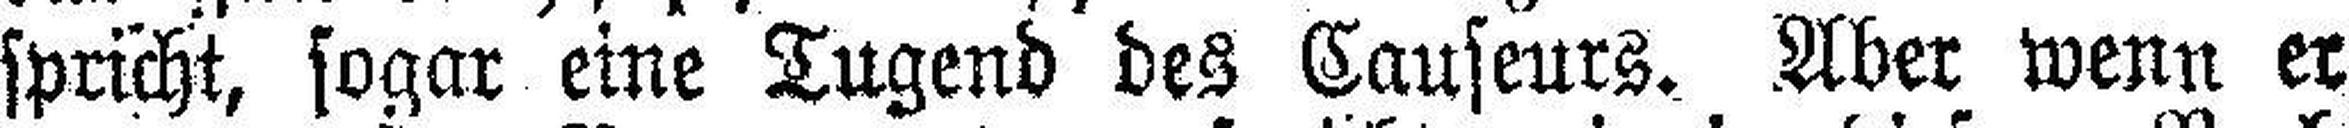
spricht, sogar eine Tugend des Causeurs. Aber wenn er